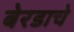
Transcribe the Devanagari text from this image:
बेरडाचे